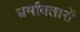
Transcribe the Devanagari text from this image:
धर्मावतारों